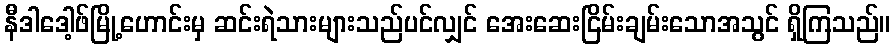
နီဒါဒေါ့ဖ်မြို့ဟောင်းမှ ဆင်းရဲသားများသည်ပင်လျှင် အေးဆေးငြိမ်းချမ်းသောအသွင် ရှိကြသည်။